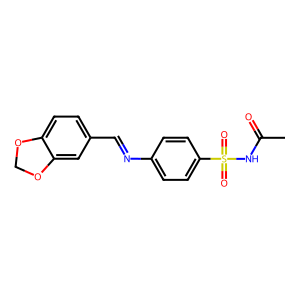
SMILES: CC(=O)NS(=O)(=O)c1ccc(N=Cc2ccc3c(c2)OCO3)cc1
Inhibits HIV replication: No